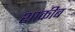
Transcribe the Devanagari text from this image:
शाकीब